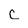
Character: c